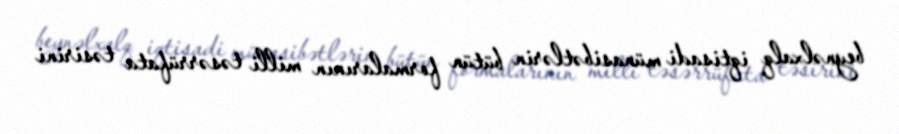
beynəlxalq iqtisadi münasibətlərin bütün formalarının milli təsərrüfata təsirini